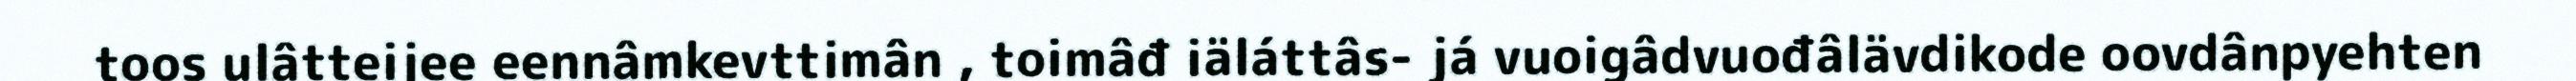
toos ulâtteijee eennâmkevttimân , toimâđ iäláttâs- já vuoigâdvuođâlävdikode oovdânpyehten